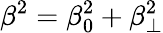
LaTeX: \beta^{2}=\beta_{0}^{2}+\beta_{\perp}^{2}